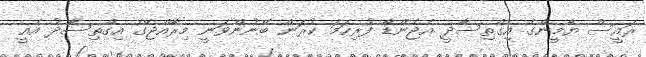
ރައީސް ޔާމީންގެ އިގްތިސާދީ އެޖެންޑާ ފުރިހަމަ ކުރަން ބޭނުންވަނީ މިރާއްޖޭގެ އިގްތިސާދު އެއީ